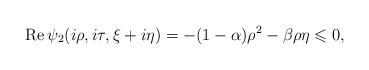
LaTeX: \begin{align*}\operatorname{Re}\psi_2(i\rho,i\tau,\xi+i\eta)=-(1-\alpha)\rho^2-\beta\rho\eta\leqslant 0,\end{align*}